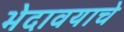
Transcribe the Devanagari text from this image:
भेदावयाचे